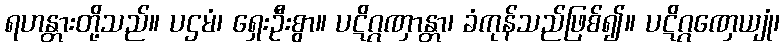
ရဟန္တားတို့သည်။ ပဌမံ၊ ရှေးဦးစွာ။ ပဋိဂ္ဂဏှာန္တာ၊ ခံကုန်သည်ဖြစ်၍။ ပဋိဂ္ဂဏှေယျုံ၊